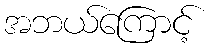
အဘယ်ကြောင့်